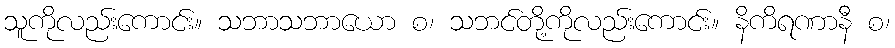
သူကိုလည်းကောင်း။ သဘာသဘာယော စ၊ သဘင်တို့ကိုလည်းကောင်း။ နိကိရဏာနီ စ၊